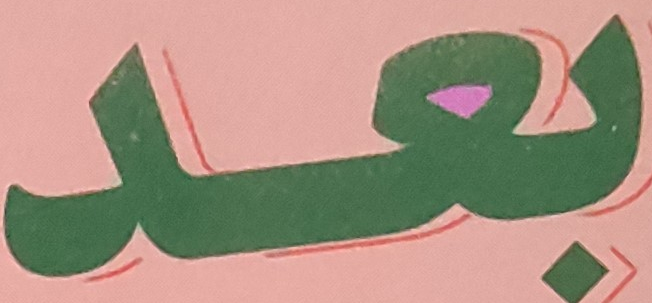
بعد